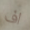
اف